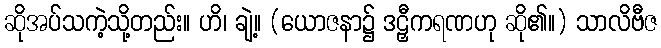
ဆိုအပ်သကဲ့သို့တည်း။ ဟိ၊ ချဲ့။ (ယောဇနာ၌ ဒဠှီကရဏဟု ဆို၏။) သာလိဗီဇ